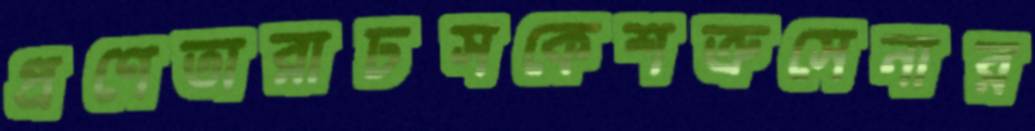
প্রণেতারাঢসকেশত্রুসেনার